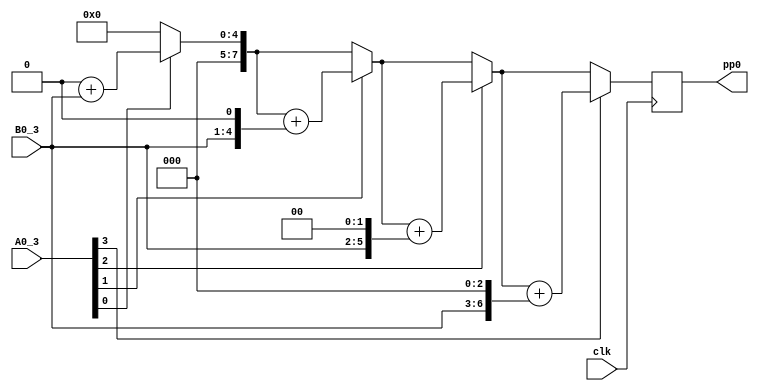
module multi_4_4_pp0(
input clk,
//input clr,
input [3:0] A0_3,
input [3:0] B0_3,
output reg [7:0] pp0
);

reg [7:0] pv;
reg [7:0] bp;  
integer i;


always @(posedge clk)// or posedge clr)
	begin
		pv = 8'b00000000;
		bp = {4'b0000,B0_3};
		for (i = 0; i<=3; i=i+1)
			begin
				if (A0_3[i] == 1)
				pv = pv+bp;
				bp={bp[6:0], 1'b0};
			end
		pp0=pv;
	end
	
endmodule